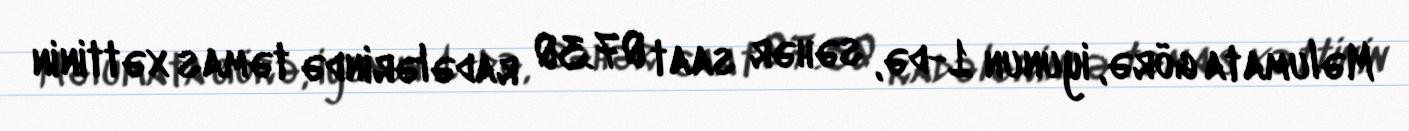
Məlumata görə, iyunun 1-də, səhər saat 07.30 radələrində təmas xəttinin